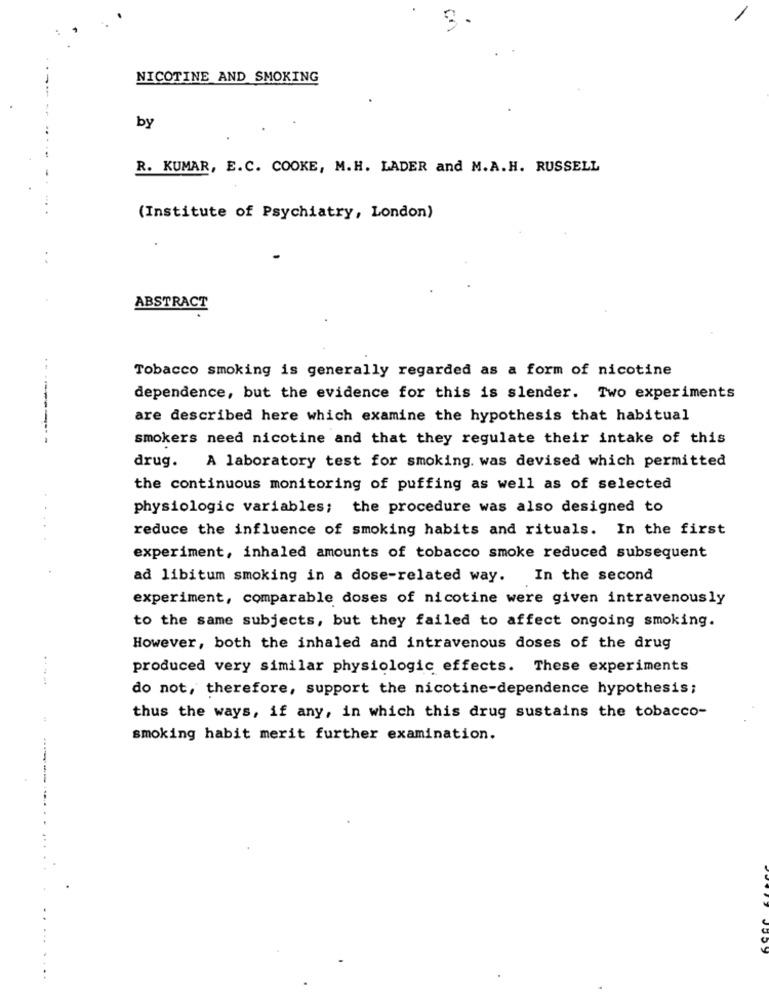
3
NICOTINE AND SMOKING
by
R. KUMAR, E.C. COOKE, M. H. LADER and M.A. H. RUSSELL
(Institute of Psychiatry, London)
ABSTRACT
Tobacco smoking is generally regarded as a form of nicotine
dependence, but the evidence for this is slender. Two experiments
are described here which examine the hypothesis that habitual
smokers need nicotine and that they regulate their intake of this
drug. A laboratory test for smoking. was devised which permitted
the continuous monitoring of puffing as well as of selected
physiologic variables; the procedure was also designed to
reduce the influence of smoking habits and rituals. In the first
experiment, inhaled amounts of tobacco smoke reduced subsequent
ad libitum smoking in a dose-related way.
In the second
experiment, comparable doses of nicotine were given intravenously
to the same subjects, but they failed to affect ongoing smoking.
However, both the inhaled and intravenous doses of the drug
produced very similar physiologic effects. These experiments
do not, therefore, support the nicotine-dependence hypothesis;
thus the ways, if any, in which this drug sustains the tobacco-
smoking habit merit further examination.